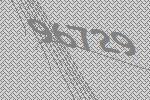
96729